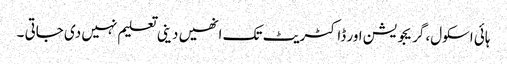
ہائی اسکول، گریجویشن اور ڈاکٹریٹ تک انھیں دینی تعلیم نہیں دی جاتی ۔